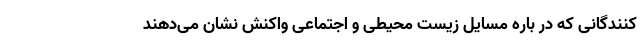
کنندگانی که در باره مسایل زیست محیطی و اجتماعی واکنش نشان می‌دهند